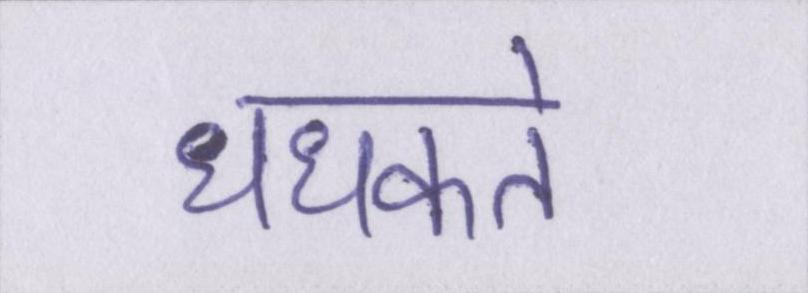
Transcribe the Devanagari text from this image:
धधकते